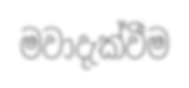
මවාදැක්වීම